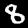
Label: 8